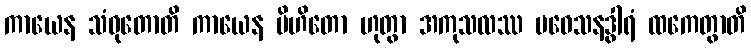
ကာယေန သံဝုတောတိ ကာယေန ပိဟိတော ဟုတွာ အကုသလဿ ပဝေသနဒွါရံ ထကေတွာတိ